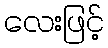
လေးဖြင့်